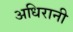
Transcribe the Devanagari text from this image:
अधिरानी